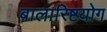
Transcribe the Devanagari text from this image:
बालारिष्टयोग